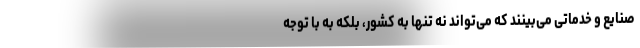
صنایع و خدماتی می‌بینند که می‌تواند نه تنها به کشور، بلکه به با توجه